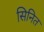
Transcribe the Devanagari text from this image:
सिनित